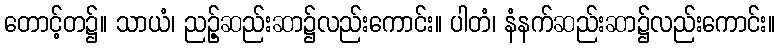
တောင့်တ၌။ သာယံ၊ ညဉ့်ဆည်းဆာ၌လည်းကောင်း။ ပါတံ၊ နံနက်ဆည်းဆာ၌လည်းကောင်း။